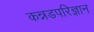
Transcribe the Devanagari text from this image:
कन्नडपरिज्ञान